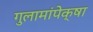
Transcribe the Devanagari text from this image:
गुलामांपेक्षा